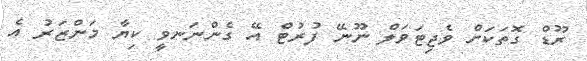
ރޫޑް ގޮތަކަށް ވެޖިޓަވަލް ނޫނޭ ފުރުޓް އޭ ގެންނަނވީ ކިޔާ މަންޒަރު އެ